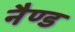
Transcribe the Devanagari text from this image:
नैण्ड